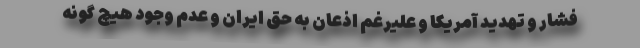
فشار و تهدید آمریکا و‌ علیرغم اذعان به حق ایران و عدم وجود هیچ گونه